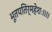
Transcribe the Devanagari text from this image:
भूतपतिर्महेशः।।।।